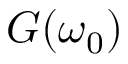
G ( \omega _ { 0 } )